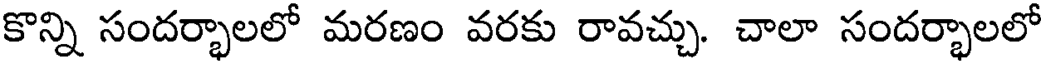
కొన్ని సందర్భాలలో మరణం వరకు రావచ్చు. చాలా సందర్భాలలో